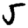
Digit: 5